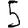
Digit: 5